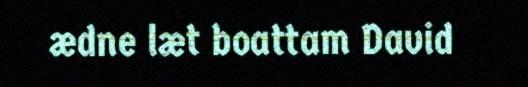
ædne læt boattam David